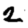
Digit: 2